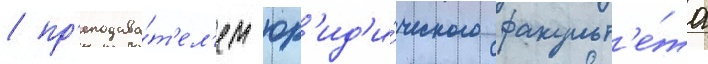
/ пр'еподава́т'ел'ем юр'ид'и́ческого факульт'е́та